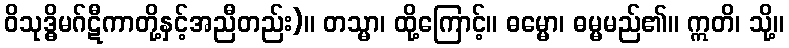
ဝိသုဒ္ဓိမဂ်ဋီကာတို့နှင့်အညီတည်း)။ တသ္မာ၊ ထို့ကြောင့်။ ဓမ္မော၊ ဓမ္မမည်၏။ ဣတိ၊ သို့။